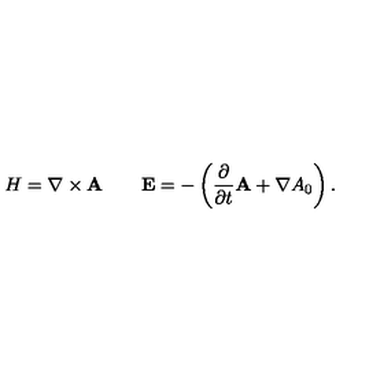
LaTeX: H = \nabla \times { \bf A } \qquad { \bf E } = - \left( \frac { \partial } { \partial t } { \bf A } + \nabla A _ { 0 } \right) .